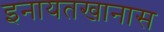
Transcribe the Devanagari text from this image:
इनायतखानास